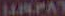
١٩٣٨٦